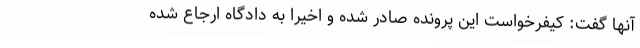
آنها گفت: کیفرخواست این پرونده صادر شده و اخیرا به دادگاه ارجاع شده